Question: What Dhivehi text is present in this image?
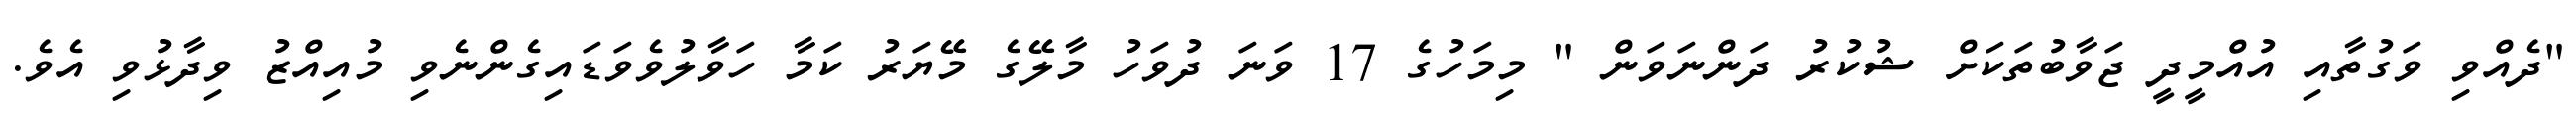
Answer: "ދެއްވި ވަގުތާއި އުއްމީދީ ޖަވާބުތަކަށް ޝުކުރު ދަންނަވަން " މިމަހުގެ 17 ވަނަ ދުވަހު މާލޭގެ މޭޔަރު ކަމާ ހަވާލުވެވަޑައިގެންނެވި މުއިއްޒު ވިދާޅުވި އެވެ.